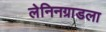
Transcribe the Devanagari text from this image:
लेनिनग्राडला